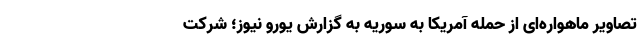
تصاویر ماهواره‌ای از حمله آمریکا به سوریه به گزارش یورو نیوز؛ شرکت